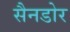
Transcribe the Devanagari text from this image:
सैनडोर